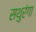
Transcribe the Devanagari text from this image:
सथुरंगा